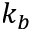
k _ { b }